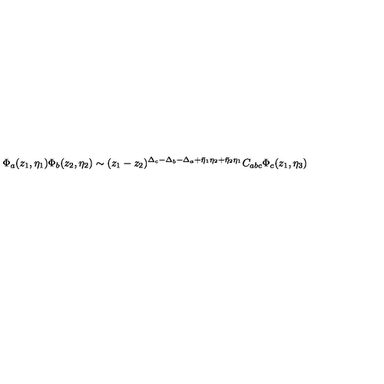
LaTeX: \Phi _ { a } ( z _ { 1 } , \eta _ { 1 } ) \Phi _ { b } ( z _ { 2 } , \eta _ { 2 } ) \sim ( z _ { 1 } - z _ { 2 } ) ^ { \Delta _ { c } - \Delta _ { b } - \Delta _ { a } + \bar { \eta } _ { 1 } \eta _ { 2 } + \bar { \eta } _ { 2 } \eta _ { 1 } } C _ { a b c } \Phi _ { c } ( z _ { 1 } , \eta _ { 3 } )